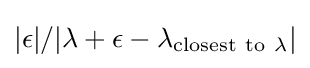
|\epsilon |/|\lambda +\epsilon -\lambda _{\mathrm {closest~to~} \lambda }|